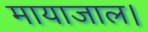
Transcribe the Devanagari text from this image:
मायाजाल।